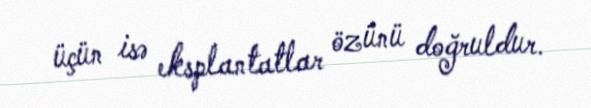
üçün isə eksplantatlar özünü doğruldur.